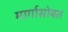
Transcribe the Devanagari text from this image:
मार्गासोबत